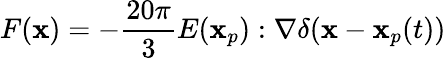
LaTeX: F(\mathbf{x})=-\frac{20\pi}{3}E(\mathbf{x}_{p}):\nabla\delta(\mathbf{x}-\mathbf{x}_{p}(t))